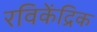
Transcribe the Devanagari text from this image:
रविकेंद्रिक